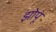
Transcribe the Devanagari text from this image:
झोपूं